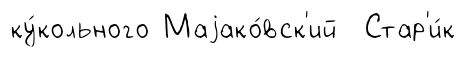
ку́кольного Маjако́вск'ий Стар'и́к